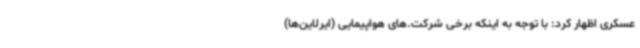
عسکری اظهار کرد: با توجه به اینکه برخی شرکت.های هواپیمایی (ایرلاین‌ها)